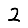
Digit: 2